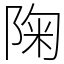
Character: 陱